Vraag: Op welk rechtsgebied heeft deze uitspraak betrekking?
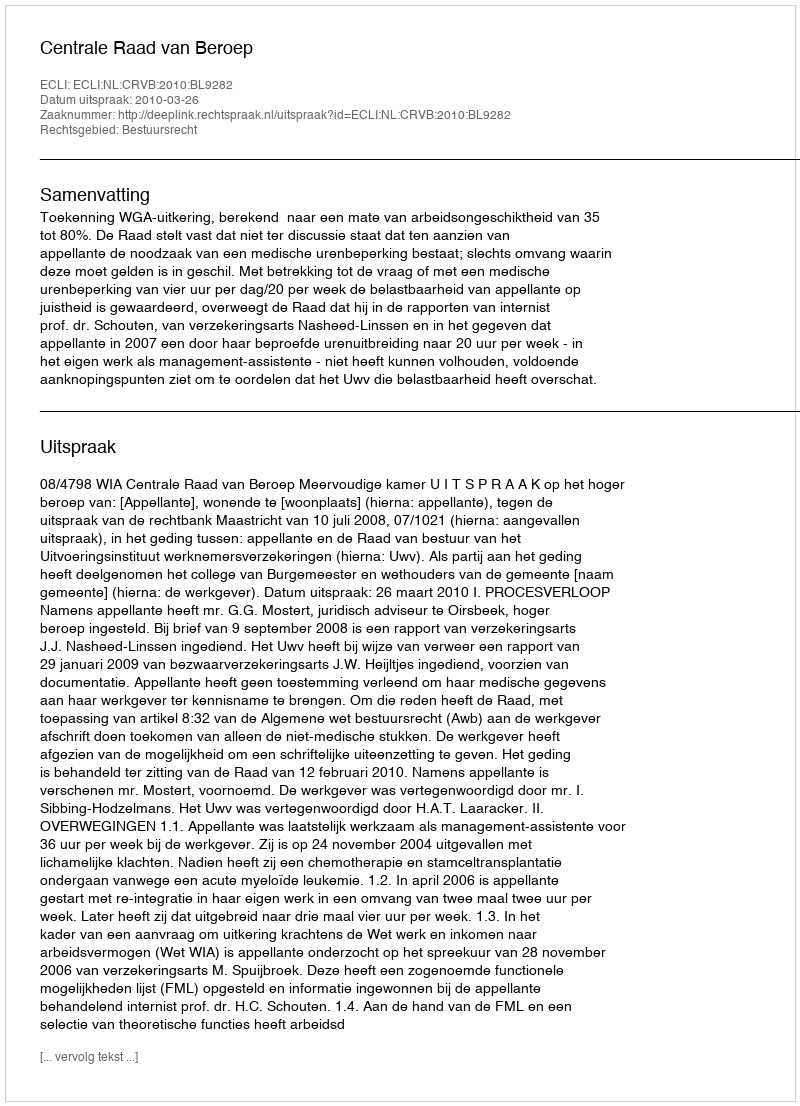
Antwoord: Bestuursrecht